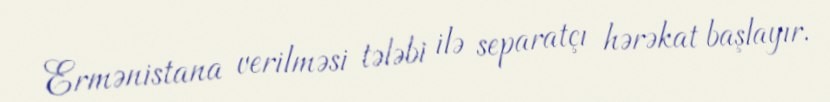
Ermənistana verilməsi tələbi ilə separatçı hərəkat başlayır.